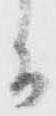
者